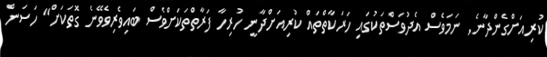
ކުރިއަށްގެންދާނެ